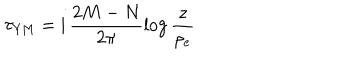
\tau _ { \mathrm { Y M } } = \mathrm { i } \, \frac { 2 M - N } { 2 \pi } \log \frac { z } { \rho _ { e } }